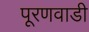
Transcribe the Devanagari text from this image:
पूरणवाडी